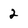
Character: 2